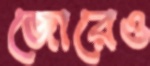
জোরেও